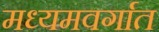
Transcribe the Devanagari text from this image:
मध्यमवर्गात